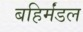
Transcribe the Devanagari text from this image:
बहिर्मंडल